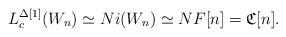
LaTeX: \begin{align*}L_c^{\Delta[1]} (W_n)\simeq Ni(W_n) \simeq NF[n] = \mathfrak{C}[n] . \end{align*}